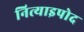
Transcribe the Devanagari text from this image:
नित्याइपोद